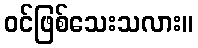
ဝင်ဖြစ်သေးသလား။